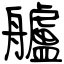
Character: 艫